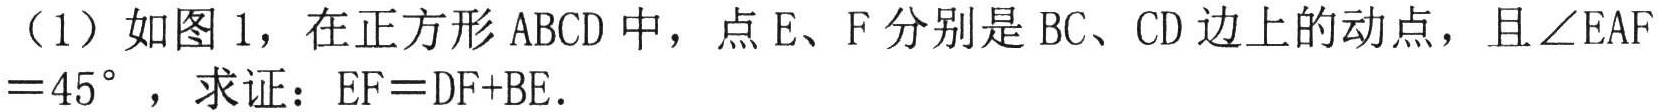
(1) 如图1，在正方形\(ABCD\)中，点\(E\)、\(F\)分别是\(BC\)、\(CD\)边上的动点，且\(\angle EAF = 45^{\circ}\)，求证：\(EF=DF + BE\).